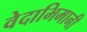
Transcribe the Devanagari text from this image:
वेदाभिमानी